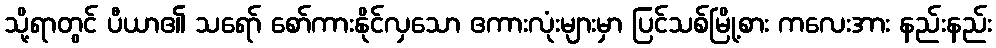
သို့ရာတွင် ပီယာ၏ သရော် စော်ကားနိုင်လှသော ဧကားလုံးများမှာ ပြင်သစ်မြို့စား ကလေးအား နည်းနည်း